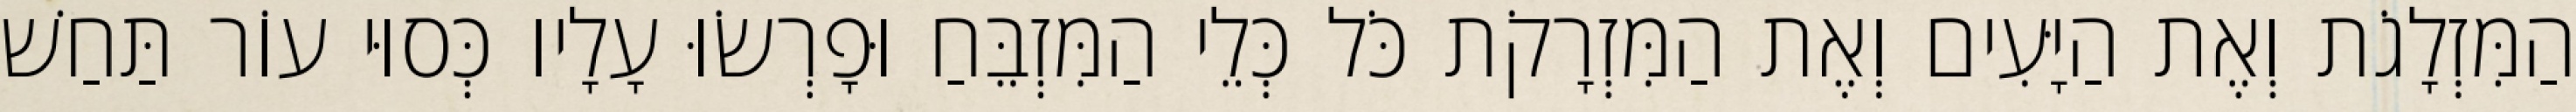
הַמִּזְלָגֹת וְאֶת הַיָּעִים וְאֶת הַמִּזְרָקֹת כֹּל כְּלֵי הַמִּזְבֵּחַ וּפָרְשׂוּ עָלָיו כְּסוּי עוֹר תַּחַשׁ